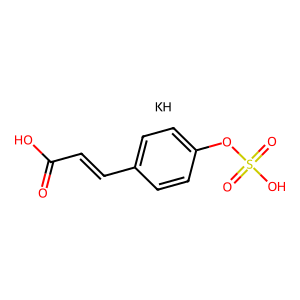
SMILES: O=C(O)C=Cc1ccc(OS(=O)(=O)O)cc1.[KH]
Inhibits HIV replication: No